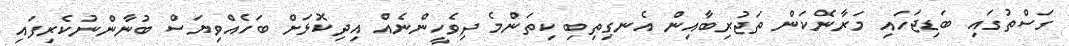
ގަސްތުގައި ބަޑިޖަހައި މަރާނެކަން ތަޖުރިބާއިން އެނގިތިބި ކިތަންމެ ދިވެހީންނެއް އިދިކޮޅަށް ބަހެއްވިޔަސް ބުނާންނުކެރިފައި